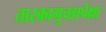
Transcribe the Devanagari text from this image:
तारकागुच्छापेक्षा